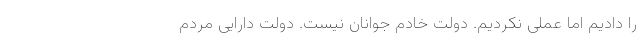
را دادیم اما عملی نکردیم. دولت خادم جوانان نیست. دولت دارایی مردم